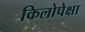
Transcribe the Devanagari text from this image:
किलोपेक्षा